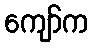
ကျော်က